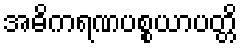
အဓိကရဏပစ္စယာပတ္တိ